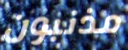
مذنبون